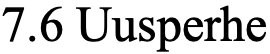
7.6 Uusperhe